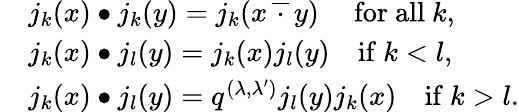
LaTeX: \begin{array}{rl}&{j_{k}(x)\bullet j_{k}(y)=j_{k}(x\, \overline{{\, \cdot\, }}\, y)\quad\mathrm{~for~all~}k,}\\ &{j_{k}(x)\bullet j_{l}(y)=j_{k}(x)j_{l}(y)\quad\mathrm{if~}k<l,}\\ &{j_{k}(x)\bullet j_{l}(y)=q^{(\lambda,\lambda^{\prime})}j_{l}(y)j_{k}(x)\quad\mathrm{if~}k>l.}\end{array}